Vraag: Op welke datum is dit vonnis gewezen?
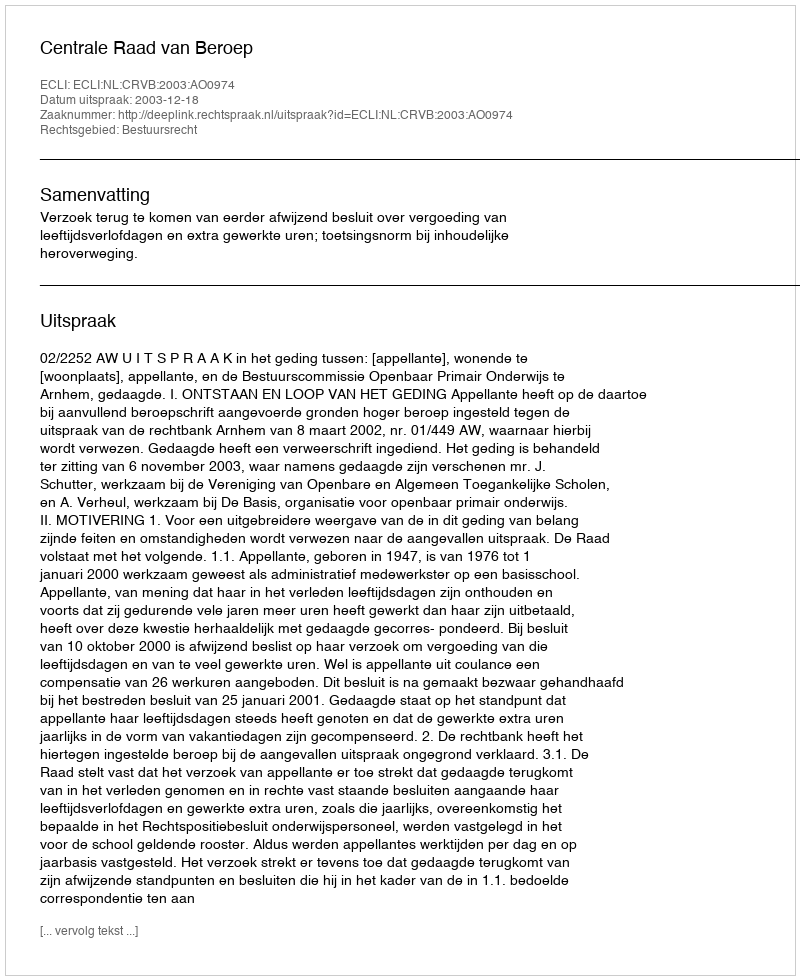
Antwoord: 2003-12-18